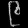
Digit: ၉